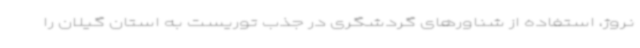
نروژ، استفاده از شناورهای گردشگری در جذب توریست به استان گیلان را